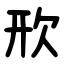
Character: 㰢